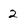
Character: 2